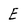
Character: E